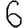
Digit: 6